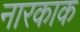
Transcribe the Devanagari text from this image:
नारकाक